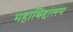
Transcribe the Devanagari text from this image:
महाविद्दालय